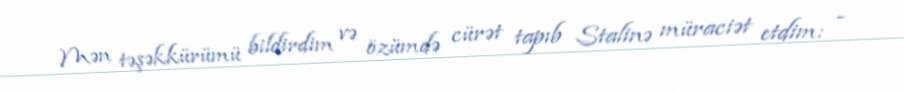
Mən təşəkkürümü bildirdim və özümdə cürət tapıb Stalinə müraciət etdim: -